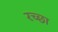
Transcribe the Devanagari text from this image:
रच्छा